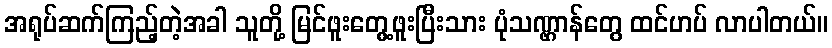
အရုပ်ဆက်ကြည့်တဲ့အခါ သူတို့ မြင်ဖူးတွေ့ဖူးပြီးသား ပုံသဏ္ဌာန်တွေ ထင်ဟပ် လာပါတယ်။